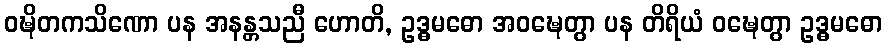
ဝဍ္ဎိတကသိဏော ပန အနန္တသညီ ဟောတိ, ဥဒ္ဓမဓော အဝဍ္ဎေတွာ ပန တိရိယံ ဝဍ္ဎေတွာ ဥဒ္ဓမဓော